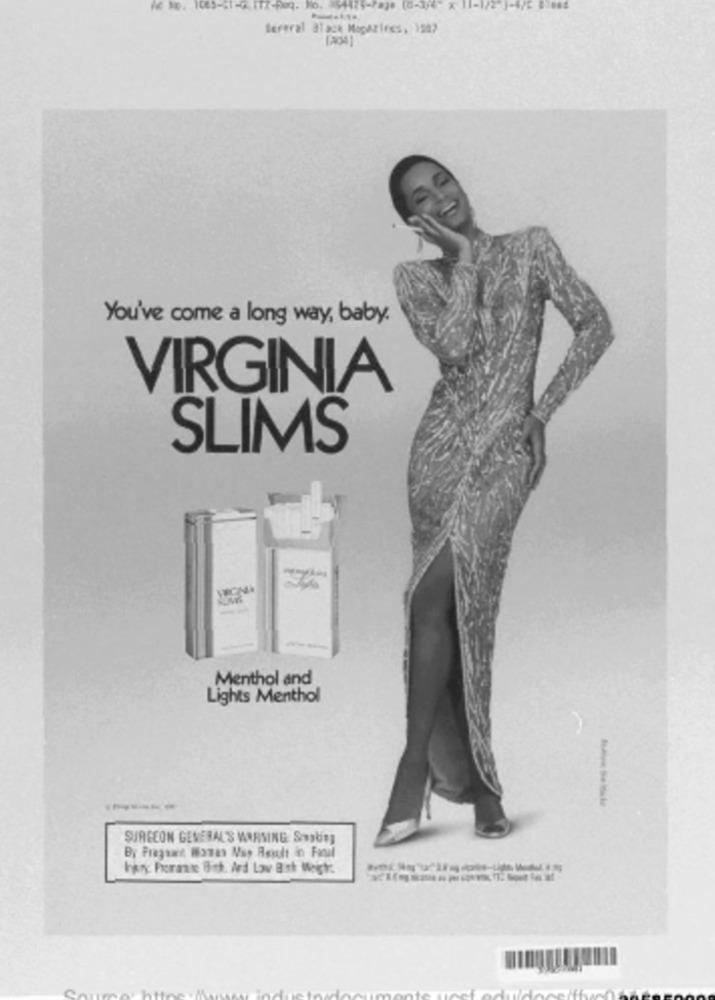
tereral Black Magazines, )547
You've come a long way, baby.
VIRGINIA
SLIMS
Menthol and
Lights Menthol
SURGEON GENERAL'S WARMING Sonobing